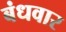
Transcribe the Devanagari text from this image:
बंधवार